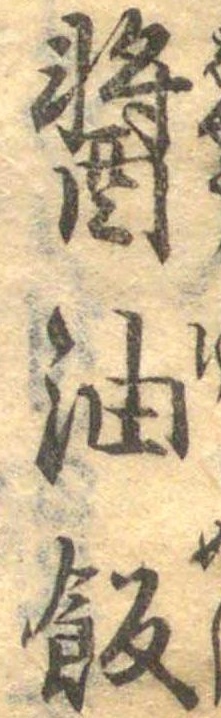
醤油飯